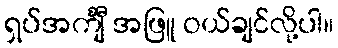
ရှပ်အင်္ကျီ အဖြူ ဝယ်ချင်လို့ပါ။